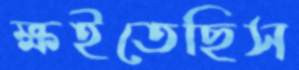
ক্ষইতেছিস